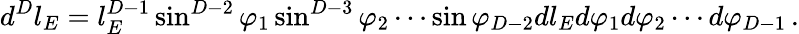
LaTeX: d^{D}l_{E}=l_{E}^{D-1}\sin^{D-2}\varphi_{1}\sin^{D-3}\varphi_{2}\cdots\sin\varphi_{D-2}dl_{E}d\varphi_{1}d\varphi_{2}\cdots d\varphi_{D-1}\, .